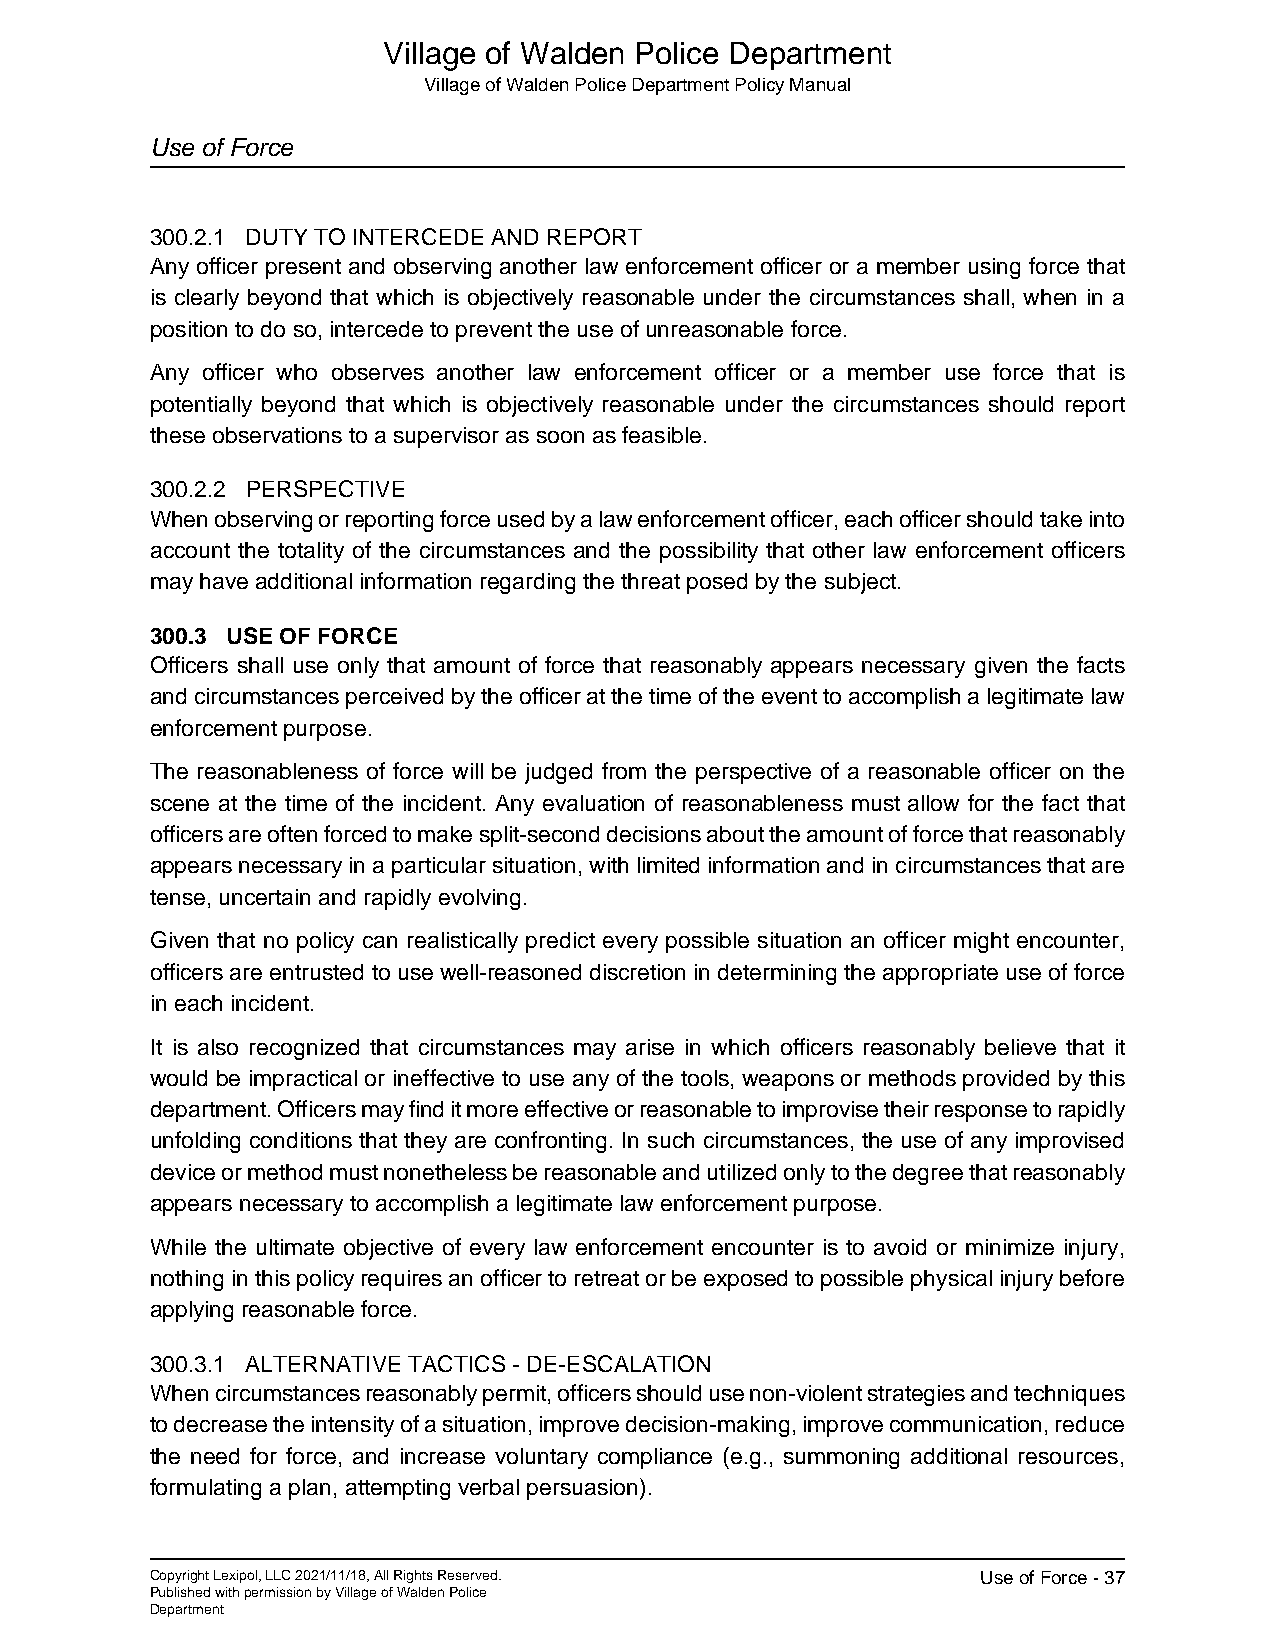
Village of Walden Police Department
 Village of Walden Police Department Policy Manual
 Use of Force
 300.2.1 DUTY TO INTERCEDE AND REPORT
 Any officer present and observing another law enforcement officer or a member using force that
 is clearly beyond that which is objectively reasonable under the circumstances shall, when in a
 position to do so, intercede to prevent the use of unreasonable force.
 Any officer who observes another law enforcement officer or a member use force that is
 potentially beyond that which is objectively reasonable under the circumstances should report
 these observations to a supervisor as soon as feasible.
 300.2.2 PERSPECTIVE
 When observing or reporting force used by a law enforcement officer, each officer should take into
 account the totality of the circumstances and the possibility that other law enforcement officers
 may have additional information regarding the threat posed by the subject.
 300.3 USE OF FORCE
 Officers shall use only that amount of force that reasonably appears necessary given the facts
 and circumstances perceived by the officer at the time of the event to accomplish a legitimate law
 enforcement purpose.
 The reasonableness of force will be judged from the perspective of a reasonable officer on the
 scene at the time of the incident. Any evaluation of reasonableness must allow for the fact that
 officers are often forced to make split-second decisions about the amount of force that reasonably
 appears necessary in a particular situation, with limited information and in circumstances that are
 tense, uncertain and rapidly evolving.
 Given that no policy can realistically predict every possible situation an officer might encounter,
 officers are entrusted to use well-reasoned discretion in determining the appropriate use of force
 in each incident.
 It is also recognized that circumstances may arise in which officers reasonably believe that it
 would be impractical or ineffective to use any of the tools, weapons or methods provided by this
 department. Officers may find it more effective or reasonable to improvise their response to rapidly
 unfolding conditions that they are confronting. In such circumstances, the use of any improvised
 device or method must nonetheless be reasonable and utilized only to the degree that reasonably
 appears necessary to accomplish a legitimate law enforcement purpose.
 While the ultimate objective of every law enforcement encounter is to avoid or minimize injury,
 nothing in this policy requires an officer to retreat or be exposed to possible physical injury before
 applying reasonable force.
 300.3.1 ALTERNATIVE TACTICS - DE-ESCALATION
 When circumstances reasonably permit, officers should use non-violent strategies and techniques
 to decrease the intensity of a situation, improve decision-making, improve communication, reduce
 the need for force, and increase voluntary compliance (e.g., summoning additional resources,
 formulating a plan, attempting verbal persuasion).
 Copyright Lexipol, LLC 2021/11/18, All Rights Reserved. Use of Force - 37
 Published with permission by Village of Walden Police
 Department